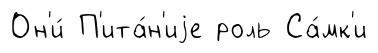
Он'и́ П'ита́н'иjе роль Са́мк'и